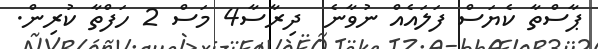
ޕާސްތާ ކެޔަސް ފަލައެއް ނުވާނެ  ދިރާސާ4 މަސް 2 ހަފްތާ ކުރިން.